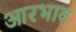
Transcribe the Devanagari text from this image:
आरभाव